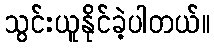
သွင်းယူနိုင်ခဲ့ပါတယ်။